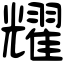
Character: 耀